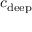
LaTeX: c _ { \mathrm { d e e p } }